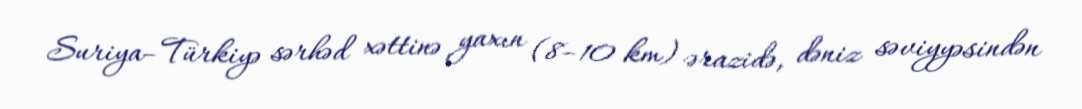
Suriya–Türkiyə sərhəd xəttinə yaxın (8–10 km) ərazidə, dəniz səviyyəsindən